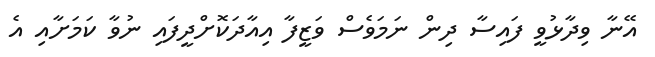
އޭނާ ވިދާޅުވީ ފައިސާ ދިން ނަމަވެސް ވަޒީފާ އިއާދަކޮށްދީފައި ނުވާ ކަމަށާއި އެ